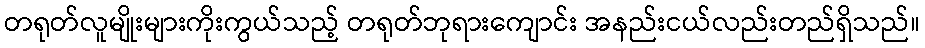
တရုတ်လူမျိုးများကိုးကွယ်သည့် တရုတ်ဘုရားကျောင်း အနည်းငယ်လည်းတည်ရှိသည်။